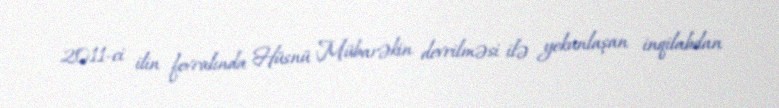
2011-ci ilin fevralında Hüsnü Mübarəkin devrilməsi ilə yekunlaşan inqilabdan